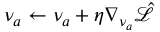
\nu _ { a } \gets \nu _ { a } + \eta \nabla _ { \nu _ { a } } \hat { \mathcal { L } }